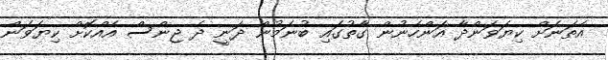
އެތަނަށް ކިޔަވަންދާ އަންހެނުން ގާތުގައި ބުނަމުން ދަނީ ދެ ޖިންސް އެއްކޮށް ކިޔަވަން